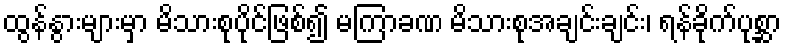
ထွန်နွားများမှာ မိသားစုပိုင်ဖြစ်၍ မကြာခဏ မိသားစုအချင်းချင်း၊ ရန်ခိုက်ပုစ္ဆာ